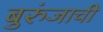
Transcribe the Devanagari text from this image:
बुरुंजाची